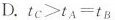
D. t_{C}>t_{A}=t_{B}